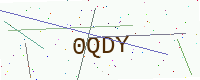
Text: 0QDY